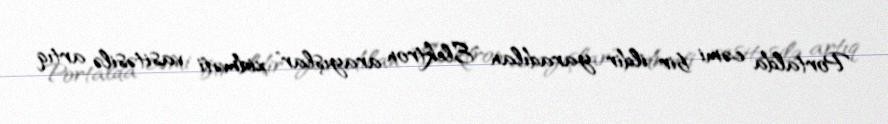
Portalda cəmi bir ildir yaradılan "Elektron arayışlar" xidməti vasitəsilə artıq